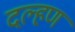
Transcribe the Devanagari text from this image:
दल्हण